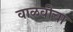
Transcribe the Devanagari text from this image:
वाळवीचा